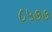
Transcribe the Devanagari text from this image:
८५७७